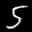
Label: 5